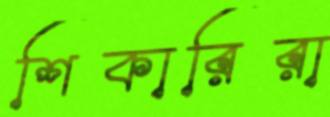
শিকারিরা